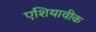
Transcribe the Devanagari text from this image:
एशियावीक